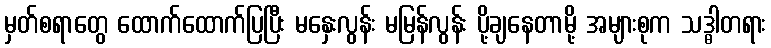
မှတ်စရာတွေ ထောက်ထောက်ပြပြီး မနှေးလွန်း မမြန်လွန်း ပို့ချနေတာမို့ အများစုက သဒ္ဓါတရား